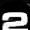
Digit: 2